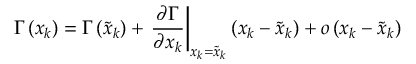
\Gamma \left( x _ { k } \right) = \Gamma \left( \tilde { x } _ { k } \right) + \left. \frac { \partial \Gamma } { \partial x _ { k } } \right| _ { x _ { k } = \tilde { x } _ { k } } \left( x _ { k } - \tilde { x } _ { k } \right) + o \left( x _ { k } - \tilde { x } _ { k } \right)